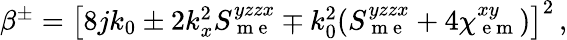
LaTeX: \begin{array}{r}{\beta^{\pm}=\left[8jk_{0}\pm 2k_{x}^{2}S_{\mathrm{~m~e~}}^{yzzx}\mp k_{0}^{2}(S_{\mathrm{~m~e~}}^{yzzx}+4\chi_{\mathrm{~e~m~}}^{xy})\right]^{2}\, ,}\end{array}